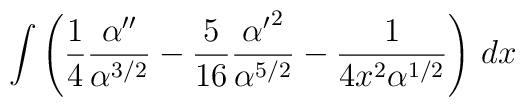
\int \left( {1\over 4} {\alpha^{\prime\prime}\over \alpha^{3/2}}-{5\over 16}{{\alpha^\prime}^2\over\alpha^{5/2}}-{1\over 4 x^2 \alpha^{1/2}}\right)\, dx